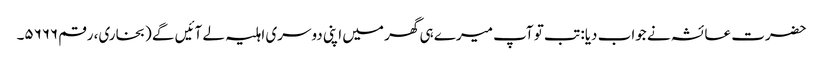
حضرت عائشہ نے جواب دیا: تب تو آپ میرے ہی گھر میں اپنی دوسری اہلیہ لے آئیں گے (بخاری، رقم ۵۶۶۶۔